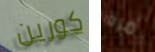
كورين مرة